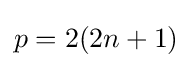
p=2(2n+1)